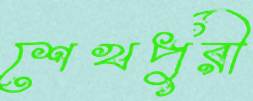
শেখপুরী